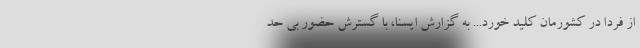
از فردا در کشورمان کلید خورد... به گزارش ایسنا، با گسترش حضور بی حد